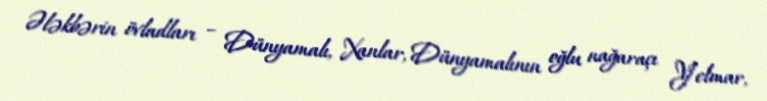
Ələkbərin övladları – Dünyamalı, Xanlar, Dünyamalının oğlu nağaraçı Yelmar,